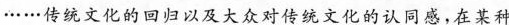
……传统文化的回归以及大众对传统文化的认同感，在某种